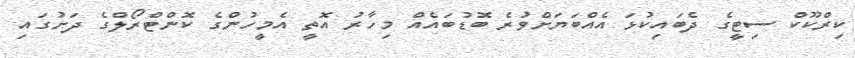
ކިރްކޫކް ސިޓީގެ ދެބައިކުޅަ އެއްބަޔަށްވުރެ ބޮޑުބައެއް މިހާރު އޮތީ އެމީހުންގެ ކޮންޓްރޯލްގެ ދަށުގައި